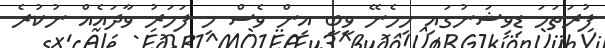
ފުރަތަމަ ޑިވިޝަނުގައި ހިމެނޭ ވީބީ އިން ވެސް މި ފަހަރު ވާދައެއް ނުކުރެ